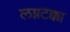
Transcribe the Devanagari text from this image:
लग्नटक्का